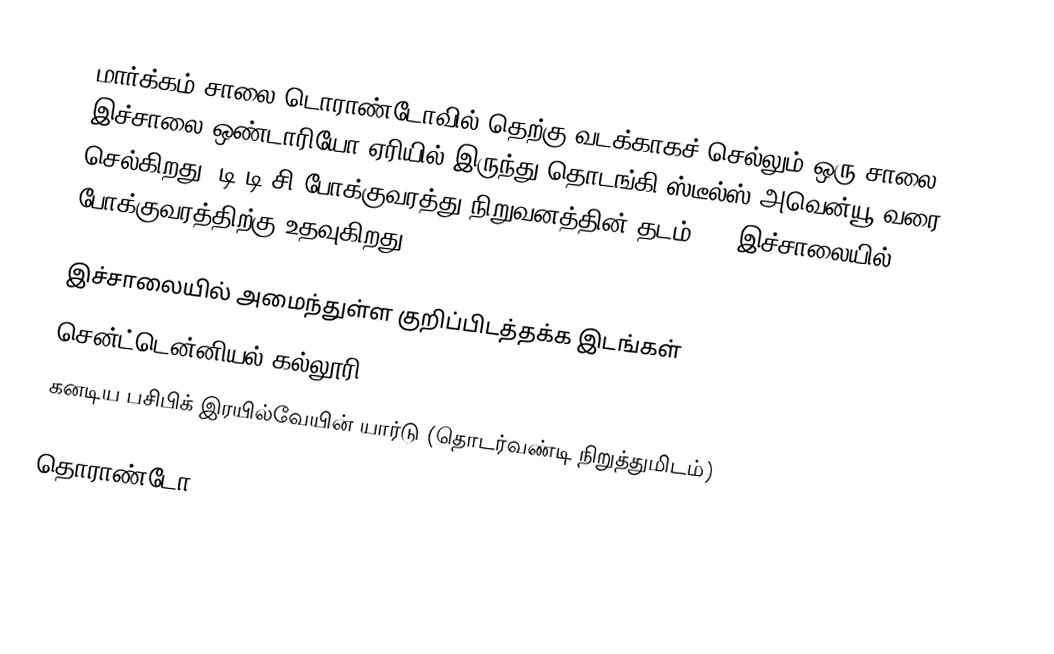
மார்க்கம் சாலை டொராண்டோவில் தெற்கு-வடக்காகச் செல்லும் ஒரு சாலை. இச்சாலை ஒண்டாரியோ ஏரியில் இருந்து தொடங்கி ஸ்டீல்ஸ் அவென்யூ வரை செல்கிறது. டி.டி.சி போக்குவரத்து நிறுவனத்தின் தடம் 102 இச்சாலையில் போக்குவரத்திற்கு உதவுகிறது.

இச்சாலையில் அமைந்துள்ள குறிப்பிடத்தக்க இடங்கள்
 சென்ட்டென்னியல் கல்லூரி
 கனடிய பசிபிக் இரயில்வேயின் யார்டு (தொடர்வண்டி நிறுத்துமிடம்)

தொராண்டோ